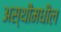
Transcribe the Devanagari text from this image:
अस्थीमधील